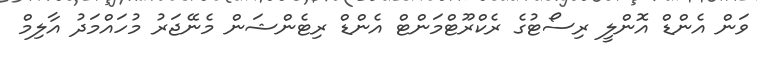
ވަން އެންޑް އޮންލީ ރިސޯޓުގެ ރެކްރޫޓްމަންޓް އެންޑް ރިޓެންޝަން މެނޭޖަރު މުހައްމަދު އާލިމް